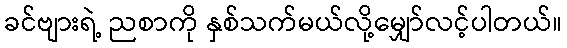
ခင်ဗျားရဲ့ ညစာကို နှစ်သက်မယ်လို့မျှော်လင့်ပါတယ်။